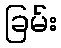
ခြမ်း